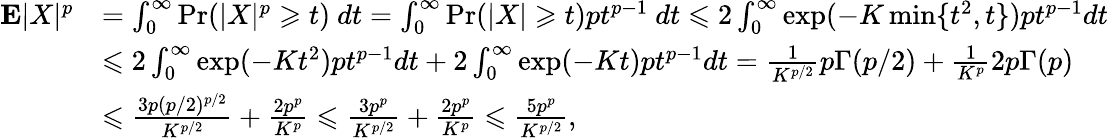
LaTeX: \begin{array}{rl}{{\mathbf E}|X|^{p}}&{=\int_{0}^{\infty}\operatorname*{Pr}(|X|^{p}\geqslant t)~dt=\int_{0}^{\infty}\operatorname*{Pr}(|X|\geqslant t)pt^{p-1}~dt\leqslant 2\int_{0}^{\infty}\exp(-K\operatorname*{min}\{ t^{2},t\} )pt^{p-1}dt}\\ &{\leqslant 2\int_{0}^{\infty}\exp(-Kt^{2})pt^{p-1}dt+2\int_{0}^{\infty}\exp(-Kt)pt^{p-1}dt=\frac{1}{K^{p/2}}p\Gamma(p/2)+\frac{1}{K^{p}}2p\Gamma(p)}\\ &{\leqslant\frac{3p(p/2)^{p/2}}{K^{p/2}}+\frac{2p^{p}}{K^{p}}\leqslant\frac{3p^{p}}{K^{p/2}}+\frac{2p^{p}}{K^{p}}\leqslant\frac{5p^{p}}{K^{p/2}},}\end{array}